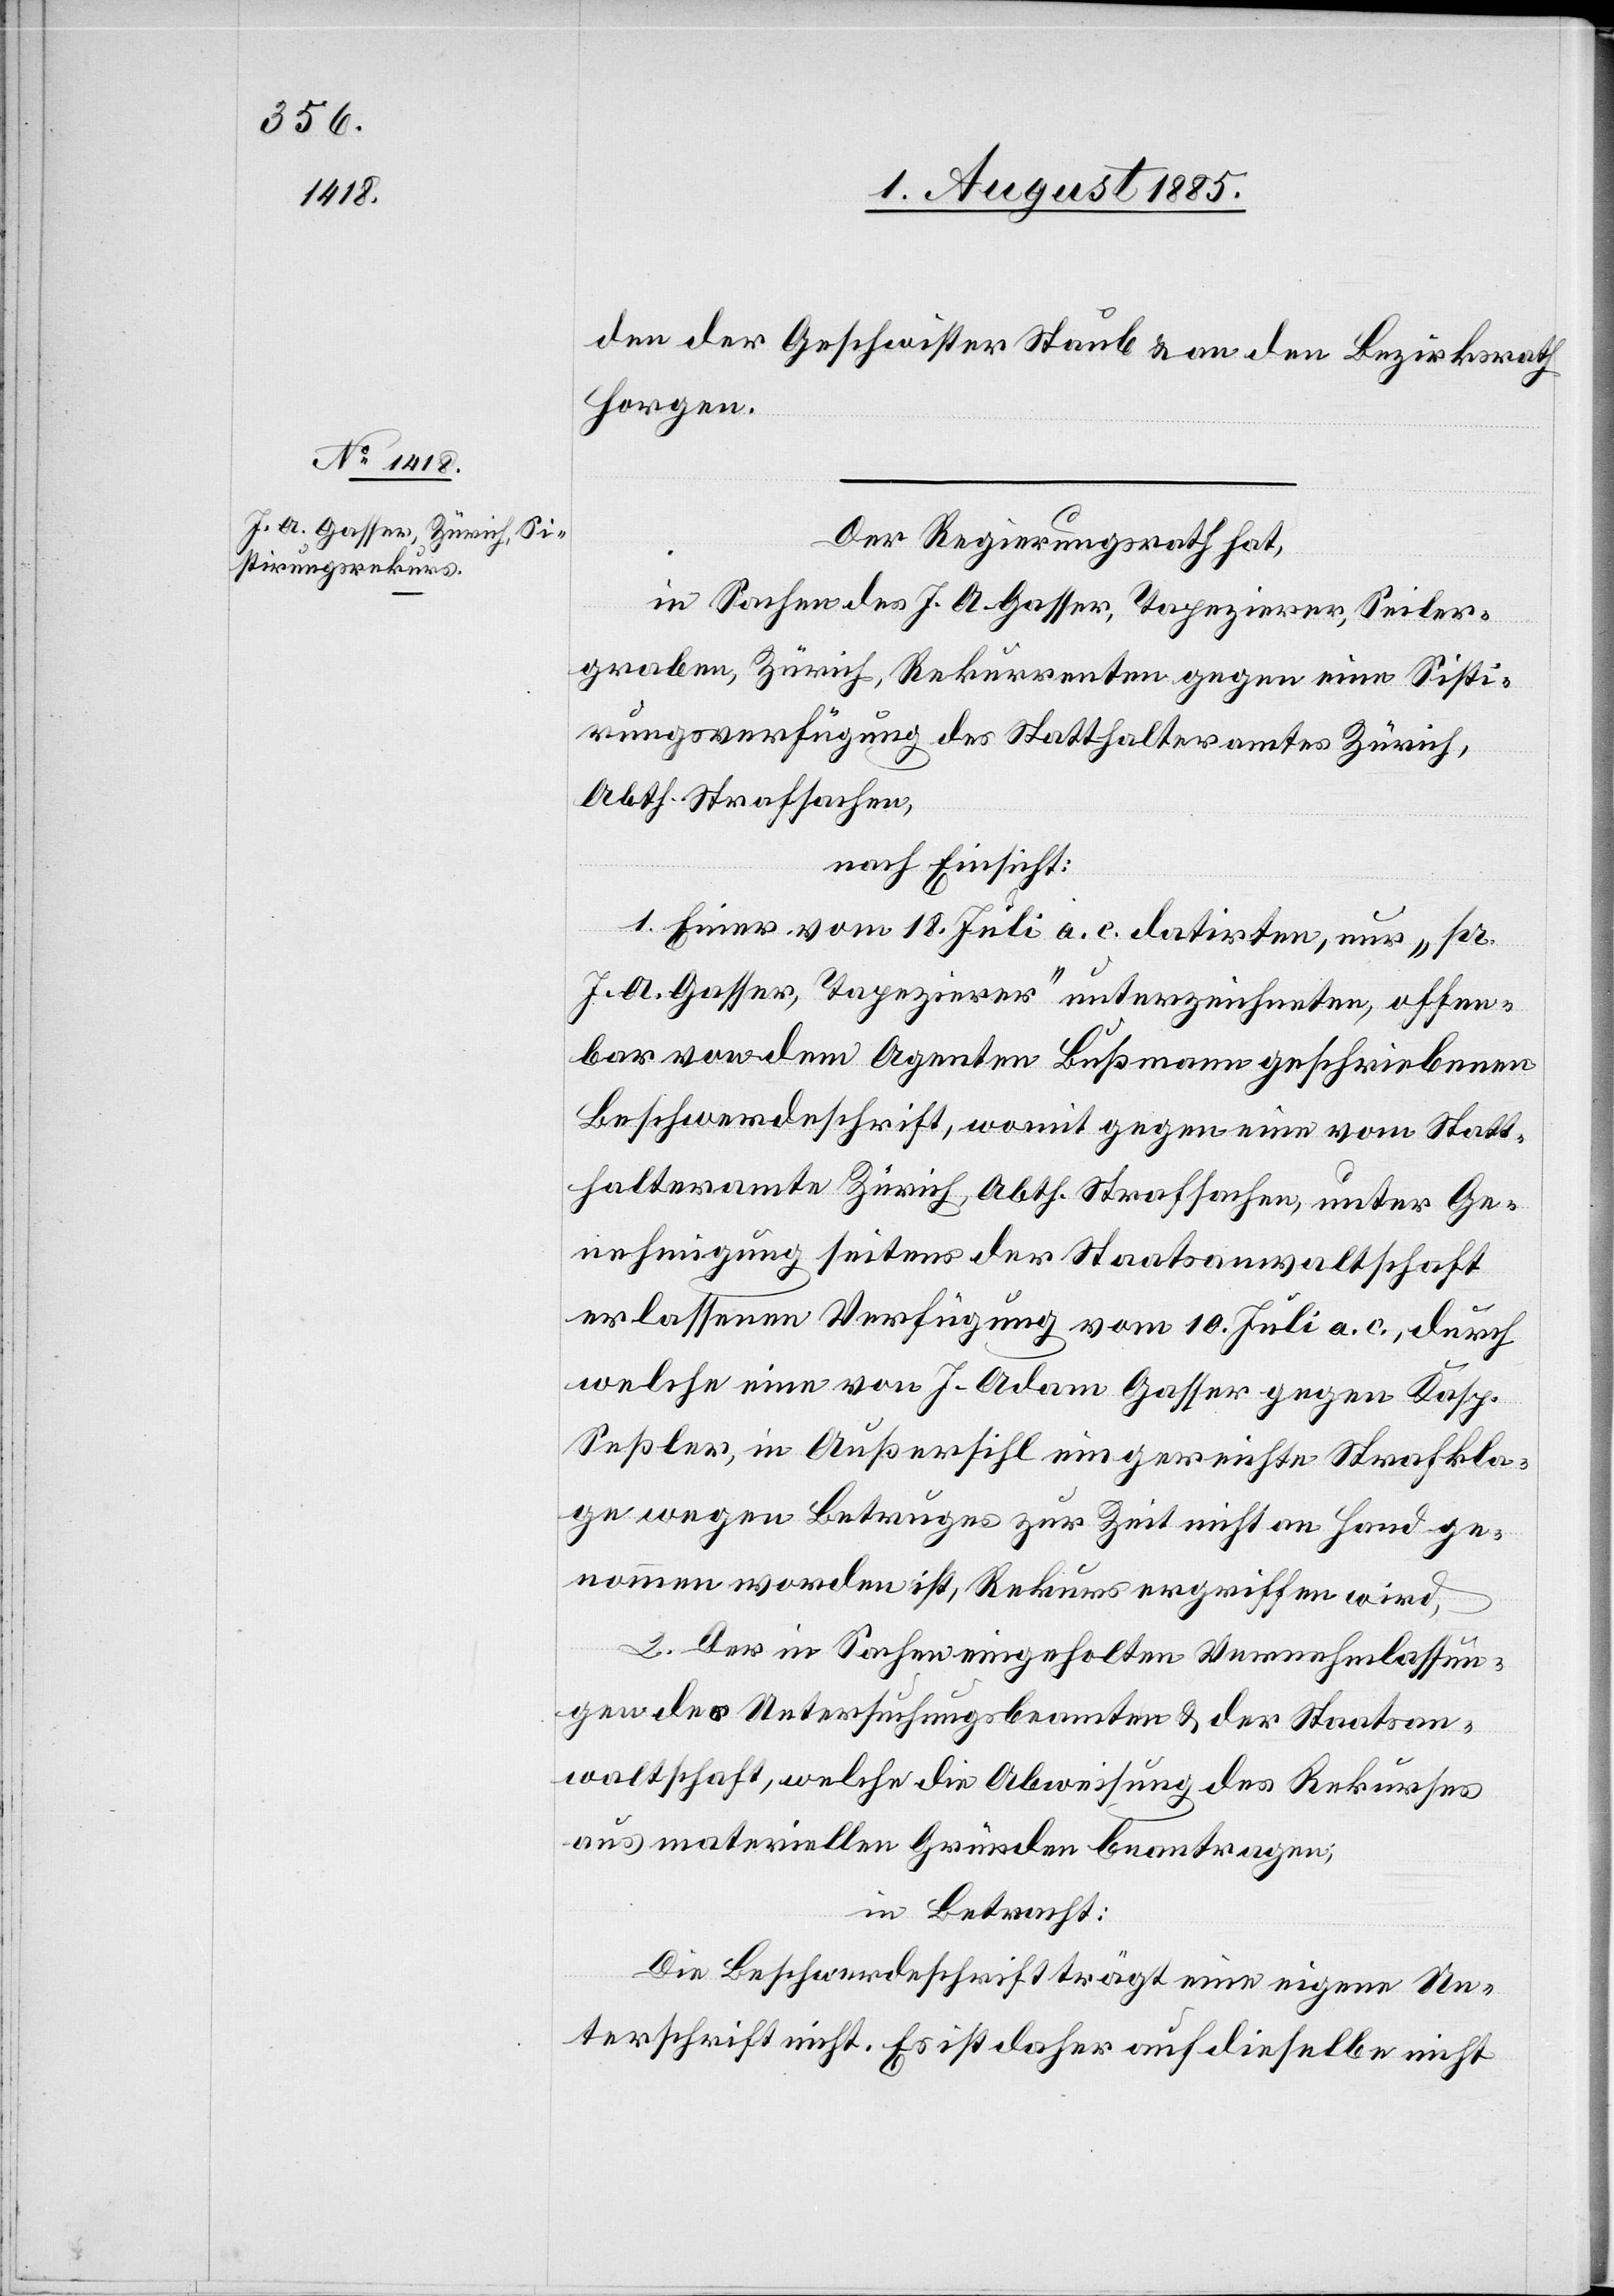
den der Geschwister Staub & an den Bezirksrath
Horgen.
Der Regierungsrath hat,
in Sachen des J. A. Gasser, Tapezierer, Seiler¬
graben, Zürich, Rekurrenten gegen eine Sisti¬
rungsverfügung des Statthalteramtes Zürich,
Abth. Strafsachen,
nach Einsicht:
1. Einer vom 18. Juli a. c. datirten, nur „pr.
J. A. Gasser, Tapezirer“ unterzeichneten, offen¬
bar von dem Agenten Bußmann geschriebenen
Beschwerdeschrift, womit gegen eine vom Statt¬
halteramte Zürich, Abth. Strafsachen, unter Ge¬
nehmigung seitens der Staatsanwaltschaft
erlassenen Verfügung vom 10. Juli a. c., durch
welche eine von J. Adam Gasser gegen Kasp.
Seßler, in Außersihl eingereichte Strafkla¬
ge wegen Betruges zur Zeit nicht an Hand ge¬
nommen worden ist, Rekurs ergriffen wird,
2. Der in Sachen eingeholten Vernehmlassun¬
gen des Untersuchungsbeamten & der Staatsan¬
waltschaft, welche die Abweisung des Rekurses
aus materiellen Gründen beantragen;
in Betracht:
Die Beschwerdeschrift trägt eine eigene Un¬
terschrift nicht. Es ist daher auf dieselbe nicht